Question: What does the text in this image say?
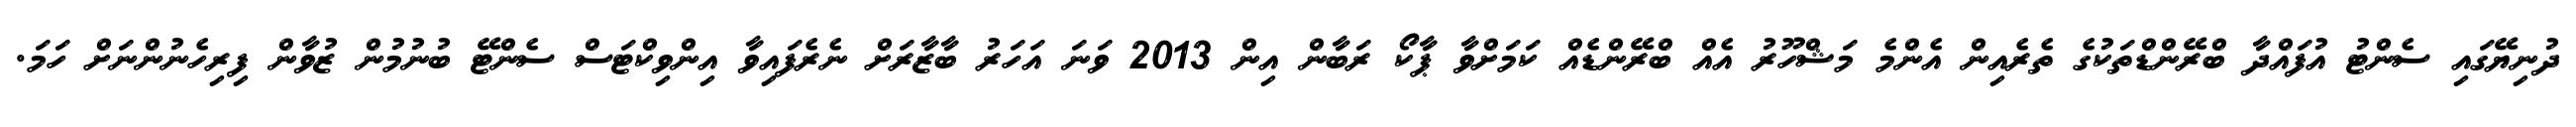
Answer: ދުނިޔޭގައި ސެންޓު އުފައްދާ ބްރޭންޑްތަކުގެ ތެރެއިން އެންމެ މަޝްހޫރު އެއް ބްރޭންޑެއް ކަމަށްވާ ޕާކޯ ރަބާން އިން 2013 ވަނަ އަހަރު ބާޒާރަށް ނެރެފައިވާ އިންވިކްޓަސް ސެންޓޭ ބުނުމުން ޒުވާން ފިރިހެނުންނަށް ހަމަ.